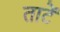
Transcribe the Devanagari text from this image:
ताटें